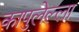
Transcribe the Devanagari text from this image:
कापुलेल्ला